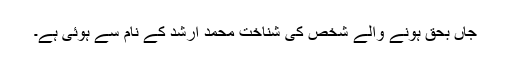
جاں بحق ہونے والے شخص کی شناخت محمد ارشد کے نام سے ہوئی ہے۔